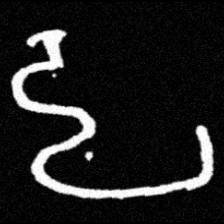
Pyu character \u2014 Myanmar letter: ဠ (romanized: lla)